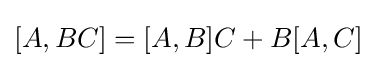
[A,BC]=[A,B]C+B[A,C]